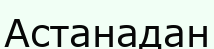
Астанадан